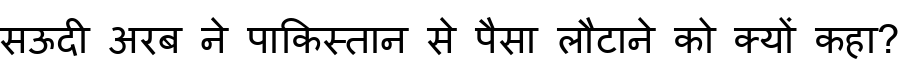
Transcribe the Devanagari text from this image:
सऊदी अरब ने पाकिस्तान से पैसा लौटाने को क्यों कहा?